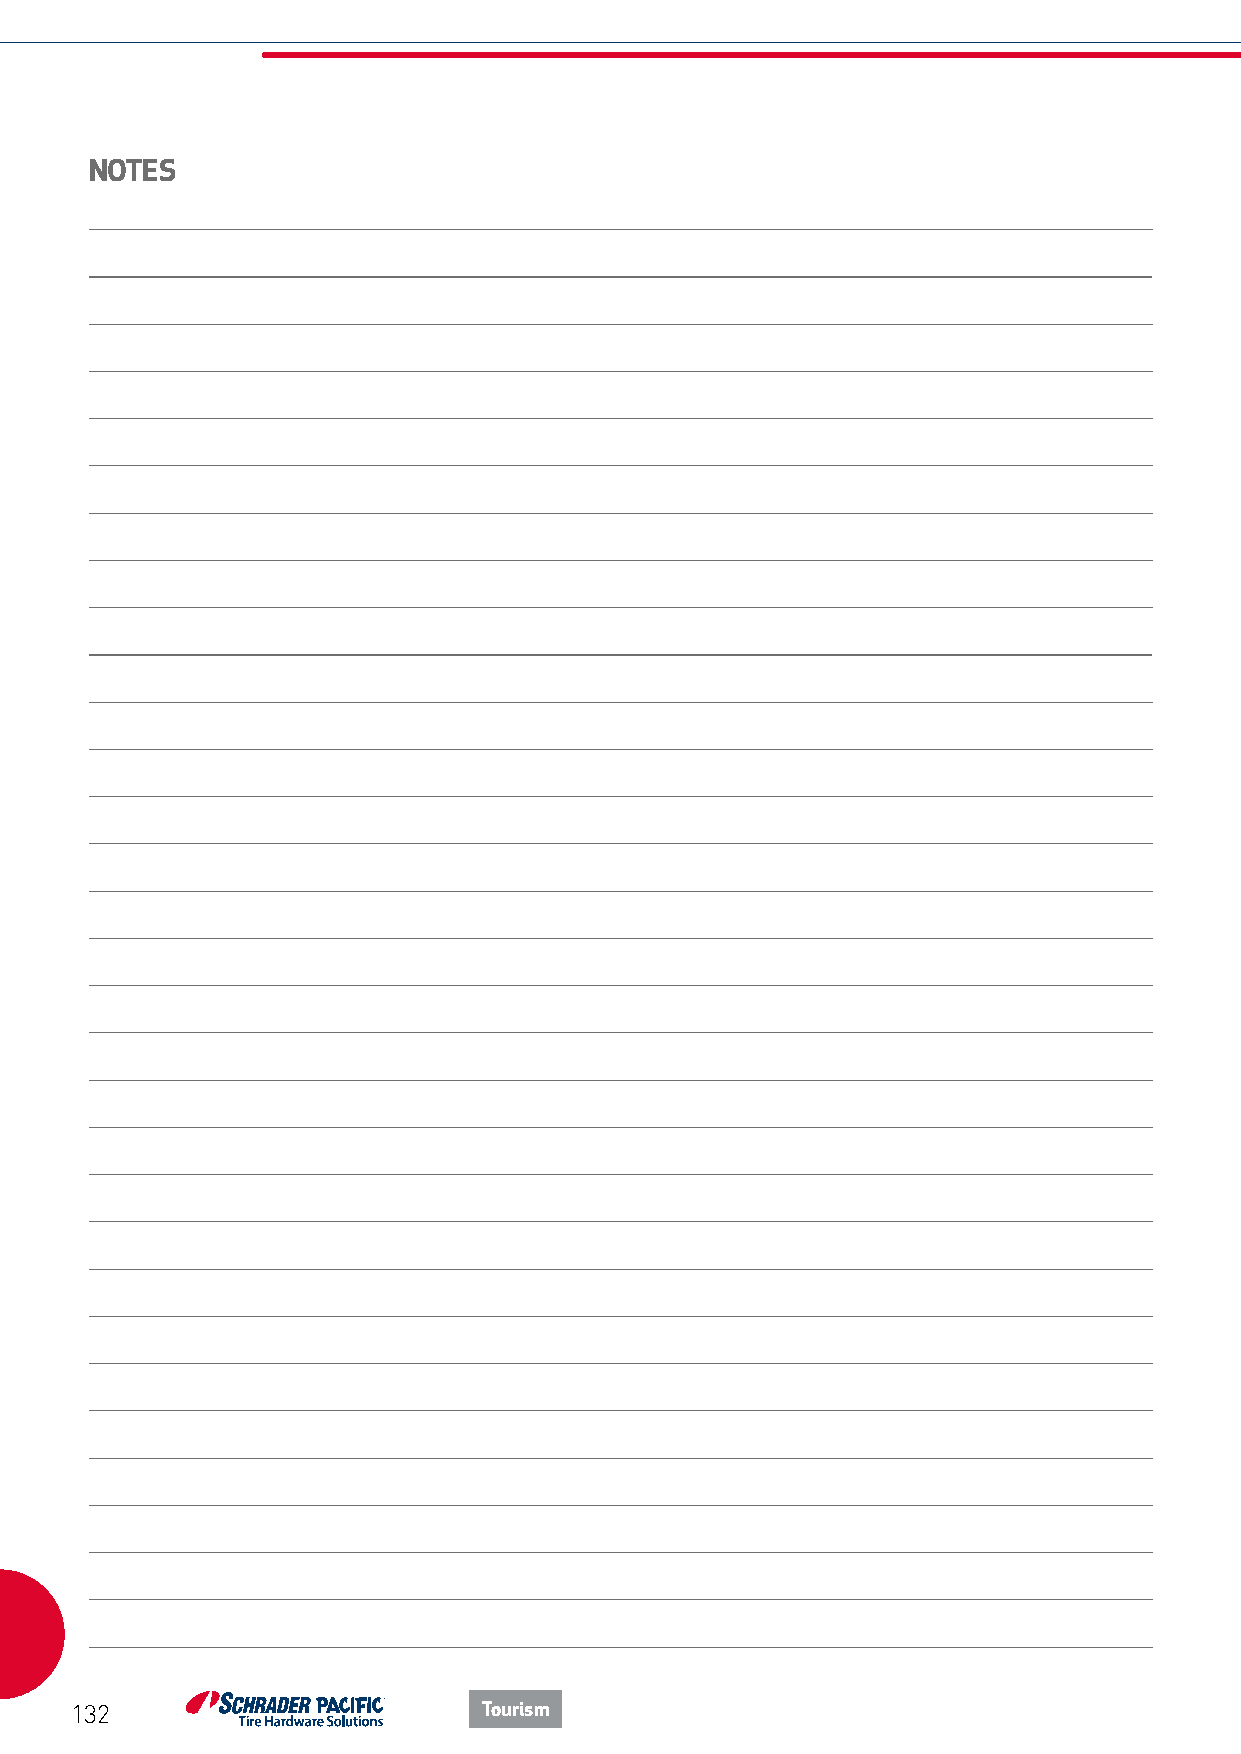
NOTES
 132                        Tourism